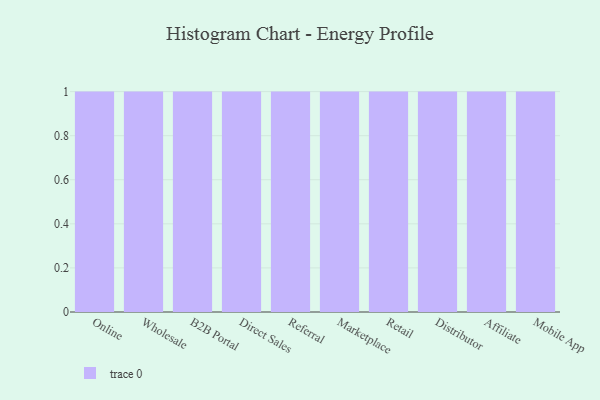
{"axis": {"x": "Channel", "y": "Population (Million)"}, "legend": [""], "data": [{"x": "Online", "y": 71, "type": ""}, {"x": "Wholesale", "y": 48, "type": ""}, {"x": "B2B Portal", "y": 33, "type": ""}, {"x": "Direct Sales", "y": 39, "type": ""}, {"x": "Referral", "y": 30, "type": ""}, {"x": "Marketplace", "y": 81, "type": ""}, {"x": "Retail", "y": 89, "type": ""}, {"x": "Distributor", "y": 78, "type": ""}, {"x": "Affiliate", "y": 81, "type": ""}, {"x": "Mobile App", "y": 57, "type": ""}]}